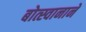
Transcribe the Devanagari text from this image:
बोत्स्वानाने